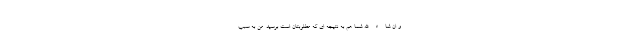
و ان شاء الله شما هم به نتیجه ای که مطلوبتان است برسید. من به سبب